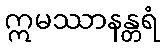
ဣမဿာနန္တရံ